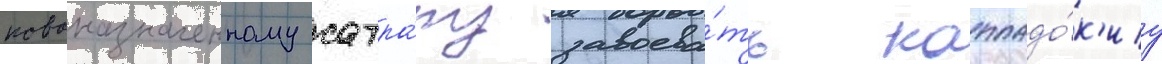
новоназначенному сатра́пу завоева́ть каппадо́к'иу